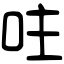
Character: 𠰍